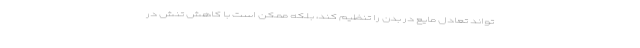
تواند تعادل مایع در بدن را تنظیم کند، بلکه ممکن است با کاهش تنش در